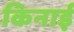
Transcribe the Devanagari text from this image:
किनाई